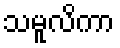
သမူလိကာ